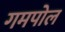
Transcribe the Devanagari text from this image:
गमपोल